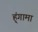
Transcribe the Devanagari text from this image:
ह्ंगामा